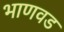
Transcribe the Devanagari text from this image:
भाणवड